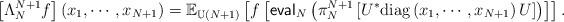
LaTeX: \begin{align*}\left[\Lambda_N^{N+1}f\right](x_1,\cdots,x_{N+1})=\mathbb{E}_{\mathbb{U}(N+1)}\left[f\left[\mathsf{eval}_N\left(\pi_N^{N+1}\left[U^*\textnormal{diag}\left(x_1,\cdots,x_{N+1}\right)U\right]\right)\right]\right].\end{align*}